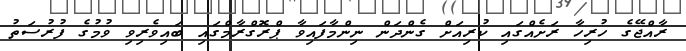
ރާއްޖޭގެ ހުރިހާ ރަށެއްގައި ކުރިއަށް ގެންދަން ނިންމާފައިވާ ޕްރޮގްރާމްގައި ބައިވެރިވި ވުމުގެ ފުރުސަތު